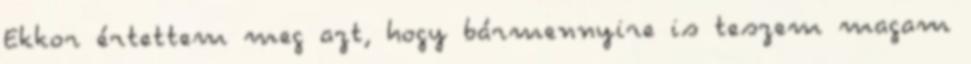
Ekkor értettem meg azt, hogy bármennyire is teszem magam